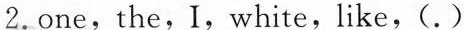
2. one, the, I, white, like, ( . )